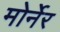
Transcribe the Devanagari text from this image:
मोर्नेर